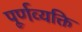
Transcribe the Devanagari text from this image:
पूर्णव्यक्ति